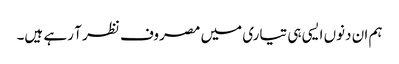
ہم ان دنوں ایسی ہی تیاری میں مصروف نظر آ رہے ہیں۔